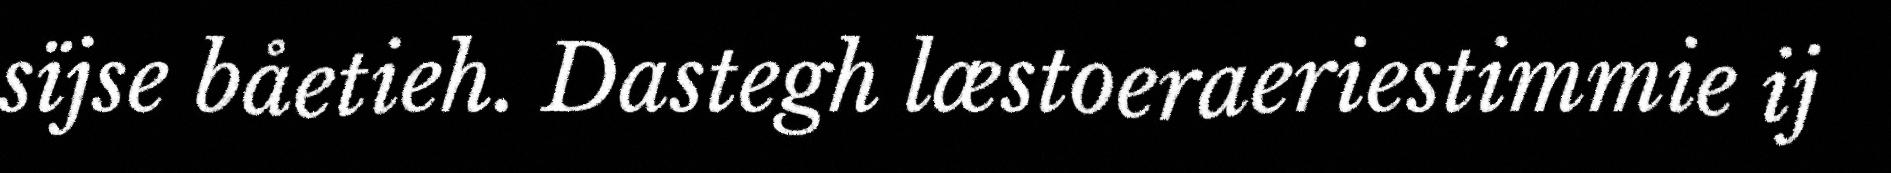
sïjse båetieh. Dastegh læstoeraeriestimmie ij